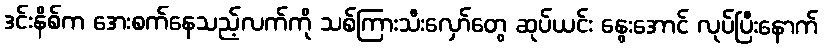
ဒင်းနိစ်က အေးစက်နေသည့်လက်ကို သစ်ကြားသီးလှော်တွေ ဆုပ်ယင်း နွေးအောင် လုပ်ပြီးနောက်